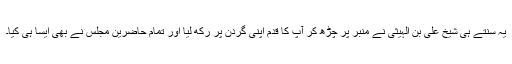
یہ سنتے ہی شیخ علی بن الہیثی نے منبر پر چڑھ کر آپ کا قدم اپنی گردن پر رکھ لیا اور تمام حاضرین مجلس نے بھی ایسا ہی کیا۔